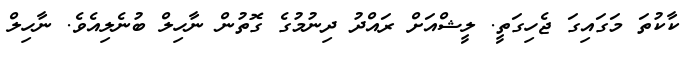
ކާކުތަ މަގައިގަ ޖެހިގަތީ. ލީޝްއަށް ރައްދު ދިނުމުގެ ގޮތުން ނާހިލް ބުނެލިއެވެ. ނާހިލް